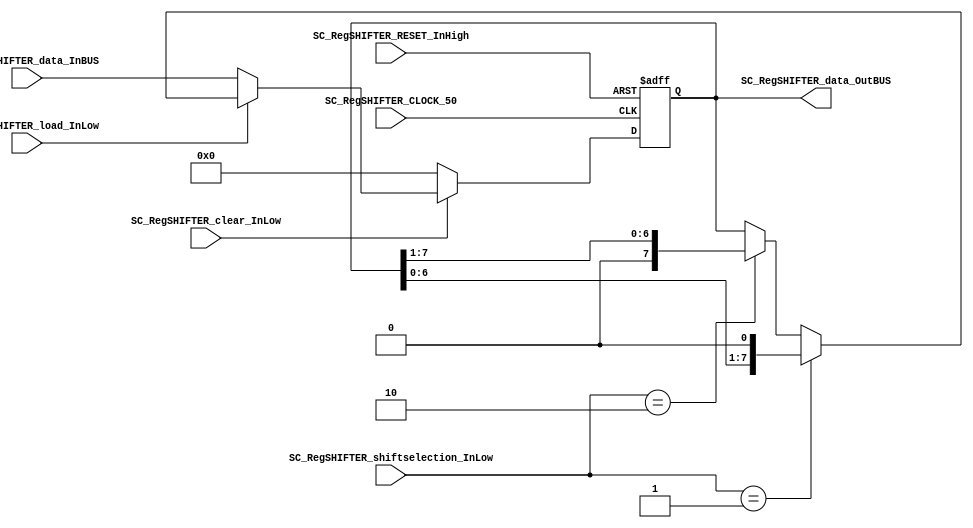
module SC_RegSHIFTER #(parameter RegSHIFTER_DATAWIDTH=8)(
	//////////// OUTPUTS //////////
	SC_RegSHIFTER_data_OutBUS,
	//////////// INPUTS //////////
	SC_RegSHIFTER_CLOCK_50,
	SC_RegSHIFTER_RESET_InHigh,
	SC_RegSHIFTER_clear_InLow, 
	SC_RegSHIFTER_load_InLow, 
	SC_RegSHIFTER_shiftselection_InLow,
	SC_RegSHIFTER_data_InBUS
);
//=======================================================
//  PARAMETER declarations
//=======================================================

//=======================================================
//  PORT declarations
//=======================================================
output		[RegSHIFTER_DATAWIDTH-1:0]	SC_RegSHIFTER_data_OutBUS;
input		SC_RegSHIFTER_CLOCK_50;
input		SC_RegSHIFTER_RESET_InHigh;
input		SC_RegSHIFTER_clear_InLow;
input		SC_RegSHIFTER_load_InLow;	
input		[1:0] SC_RegSHIFTER_shiftselection_InLow;
input		[RegSHIFTER_DATAWIDTH-1:0]	SC_RegSHIFTER_data_InBUS;

//=======================================================
//  REG/WIRE declarations
//=======================================================
reg [RegSHIFTER_DATAWIDTH-1:0] RegSHIFTER_Register;
reg [RegSHIFTER_DATAWIDTH-1:0] RegSHIFTER_Signal;
//=======================================================
//  Structural coding
//=======================================================
//INPUT LOGIC: COMBINATIONAL
always @(*)
begin
	if (SC_RegSHIFTER_clear_InLow == 1'b0)
		RegSHIFTER_Signal = 0;
	else if (SC_RegSHIFTER_load_InLow == 1'b0)
		RegSHIFTER_Signal = SC_RegSHIFTER_data_InBUS;
	else if (SC_RegSHIFTER_shiftselection_InLow == 2'b01)
		RegSHIFTER_Signal = RegSHIFTER_Register << 1'b1;   
		//RegSHIFTER_Signal = {RegSHIFTER_Register[DATAWIDTH_BUS-2:0],0}
	else if (SC_RegSHIFTER_shiftselection_InLow== 2'b10)
		RegSHIFTER_Signal = RegSHIFTER_Register >> 1'b1;   
		//RegSHIFTER_Signal = {0,RegSHIFTER_Register[DATAWIDTH_BUS-1:1]}
	else
		RegSHIFTER_Signal = RegSHIFTER_Register;
	end	
//STATE REGISTER: SEQUENTIAL
always @(posedge SC_RegSHIFTER_CLOCK_50, posedge SC_RegSHIFTER_RESET_InHigh)
begin
	if (SC_RegSHIFTER_RESET_InHigh == 1'b1)
		RegSHIFTER_Register <= 0;
	else
		RegSHIFTER_Register <= RegSHIFTER_Signal;
end
//=======================================================
//  Outputs
//=======================================================
//OUTPUT LOGIC: COMBINATIONAL
assign SC_RegSHIFTER_data_OutBUS = RegSHIFTER_Register;

endmodule